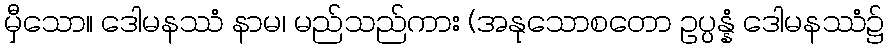
မှီသော။ ဒေါမနဿံ နာမ၊ မည်သည်ကား (အနုသောစတော ဥပ္ပန္နံ ဒေါမနဿံ၌